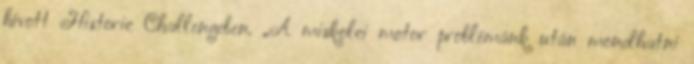
hívott Historic Challengeben. „A miskolci motor problémánk után mondhatni